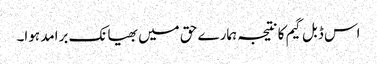
اس ڈبل گیم کا نتیجہ ہمارے حق میں بھیانک برامد ہوا۔